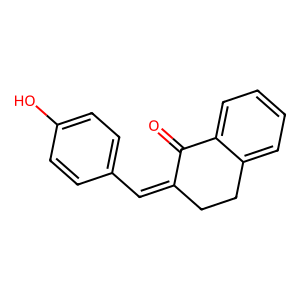
SMILES: O=C1C(=Cc2ccc(O)cc2)CCc2ccccc21
Inhibits HIV replication: No